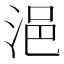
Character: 浥